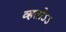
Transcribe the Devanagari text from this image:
व्हतोऽऽ